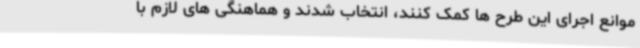
موانع اجرای این طرح ها کمک کنند، انتخاب شدند و هماهنگی های لازم با